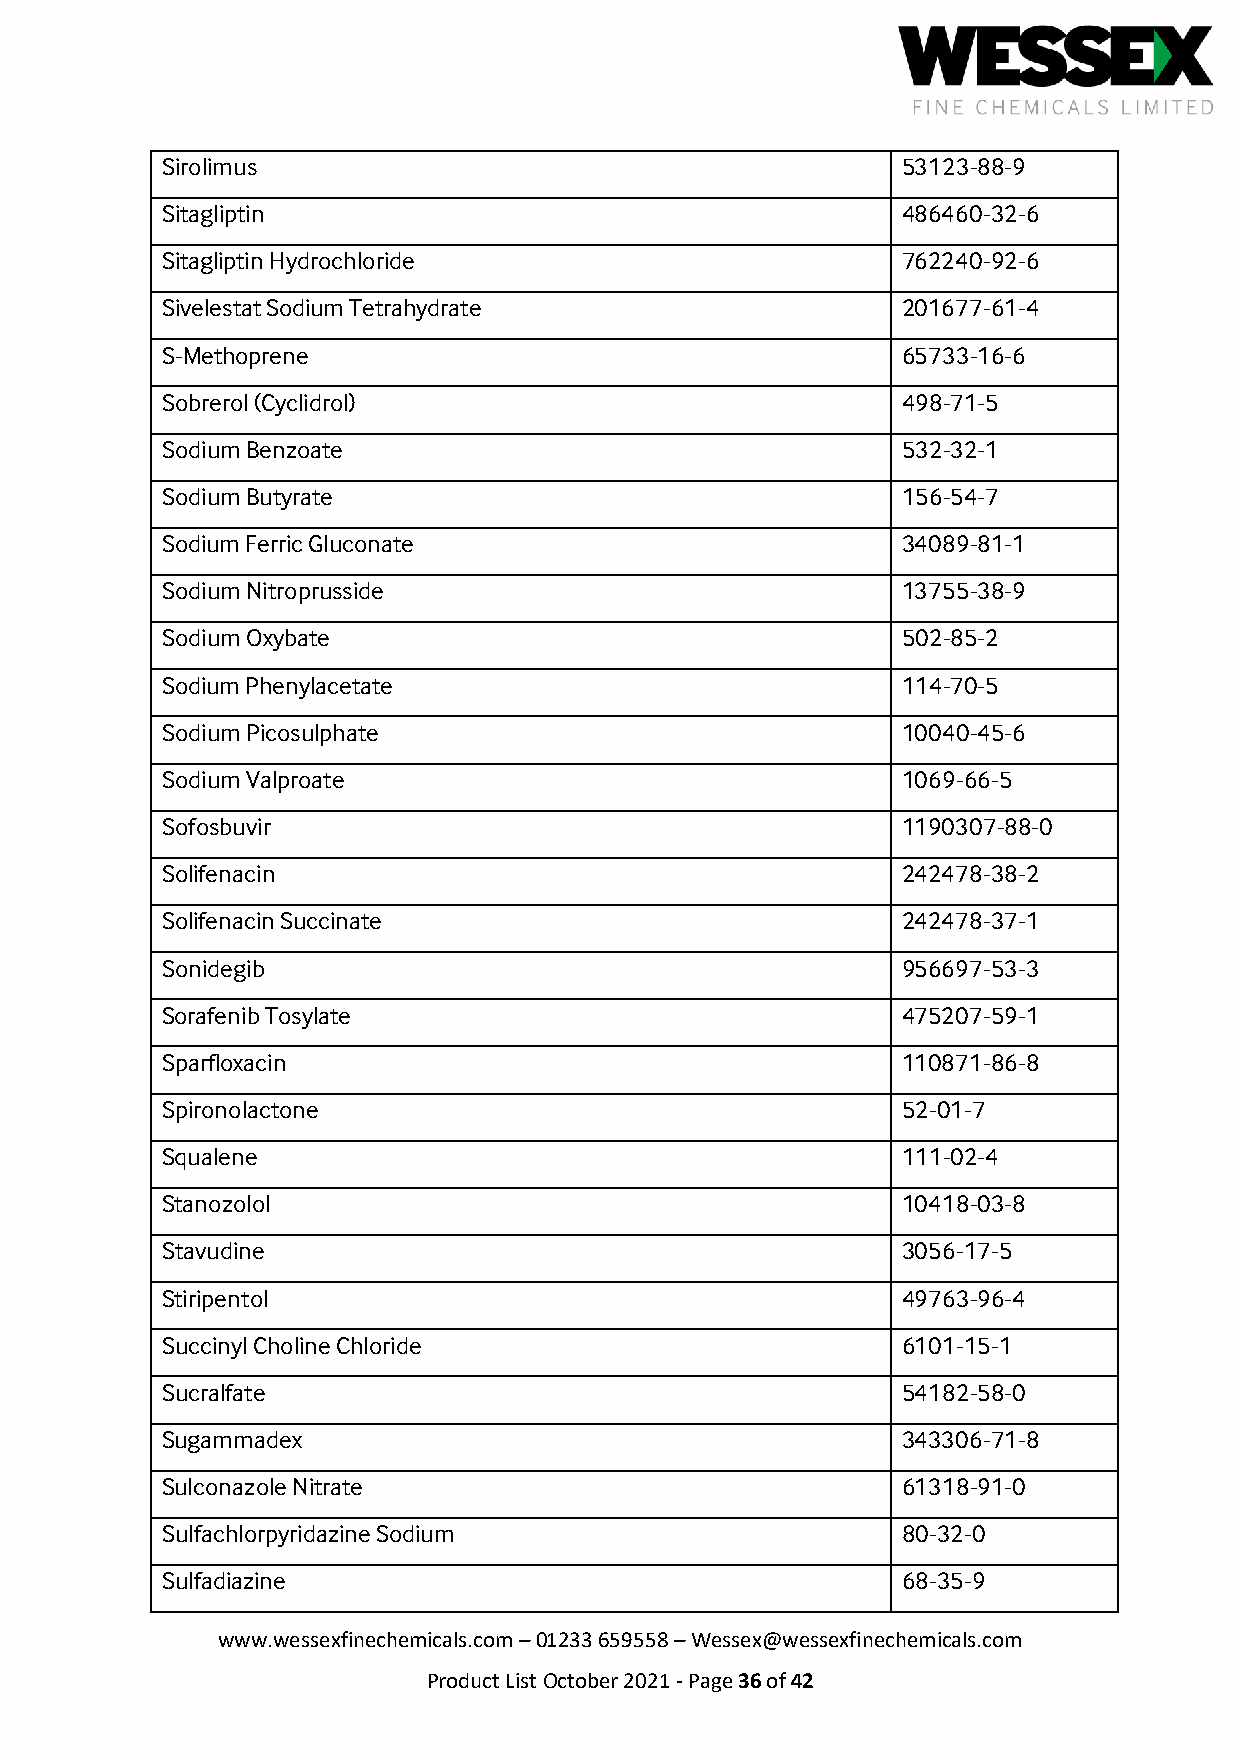
Sirolimus                                        53123-88-9
 Sitagliptin                                      486460-32-6
 Sitagliptin Hydrochloride                        762240-92-6
 Sivelestat Sodium Tetrahydrate                   201677-61-4
 S-Methoprene                                     65733-16-6
 Sobrerol (Cyclidrol)                             498-71-5
 Sodium Benzoate                                  532-32-1
 Sodium Butyrate                                  156-54-7
 Sodium Ferric Gluconate                          34089-81-1
 Sodium Nitroprusside                             13755-38-9
 Sodium Oxybate                                   502-85-2
 Sodium Phenylacetate                             114-70-5
 Sodium Picosulphate                              10040-45-6
 Sodium Valproate                                 1069-66-5
 Sofosbuvir                                       1190307-88-0
 Solifenacin                                      242478-38-2
 Solifenacin Succinate                            242478-37-1
 Sonidegib                                        956697-53-3
 Sorafenib Tosylate                               475207-59-1
 Sparfloxacin                                     110871-86-8
 Spironolactone                                   52-01-7
 Squalene                                         111-02-4
 Stanozolol                                       10418-03-8
 Stavudine                                        3056-17-5
 Stiripentol                                      49763-96-4
 Succinyl Choline Chloride                        6101-15-1
 Sucralfate                                       54182-58-0
 Sugammadex                                       343306-71-8
 Sulconazole Nitrate                              61318-91-0
 Sulfachlorpyridazine Sodium                      80-32-0
 Sulfadiazine                                     68-35-9
 www.wessexfinechemicals.com – 01233 659558 – Wessex@wessexfinechemicals.com
 Product List October 2021 - Page 36 of 42